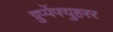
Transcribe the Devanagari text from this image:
ग्रुप्पेंफ्युहरर